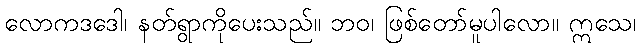
လောကဒဒေါ၊ နတ်ရွာကိုပေးသည်။ ဘဝ၊ ဖြစ်တော်မူပါလော။ ဣသေ၊